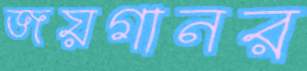
জয়গানর